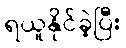
ရယူနိုင်ခဲ့ပြီး